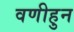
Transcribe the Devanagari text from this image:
वणीहुन